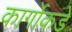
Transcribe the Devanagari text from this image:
कार्गोकडे